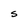
Character: s